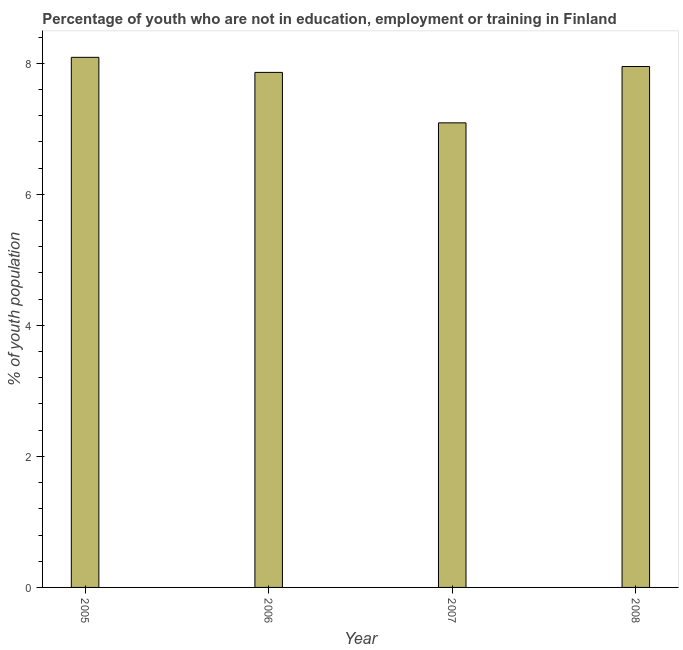
| Year | Unemployed youth |
 | --- | --- |
 | 2005 | 8.09 |
 | 2006 | 7.86 |
 | 2007 | 7.09 |
 | 2008 | 7.95 |